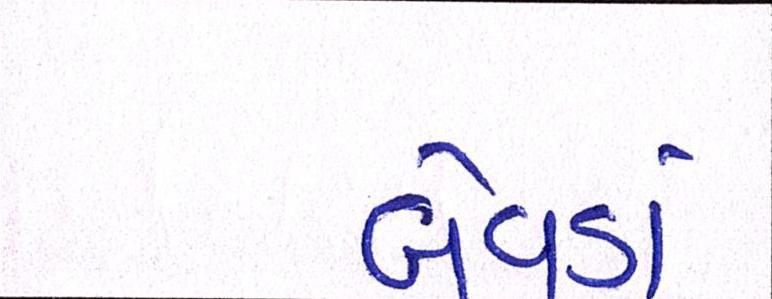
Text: બેવડાં